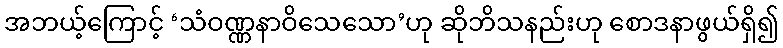
အဘယ့်ကြောင့် ‘သံဝဏ္ဏနာဝိသေသော’ဟု ဆိုဘိသနည်းဟု စောဒနာဖွယ်ရှိ၍